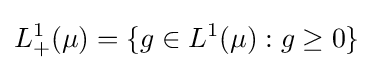
L_{+}^{1}(\mu )=\{g\in L^{1}(\mu ):g\geq 0\}